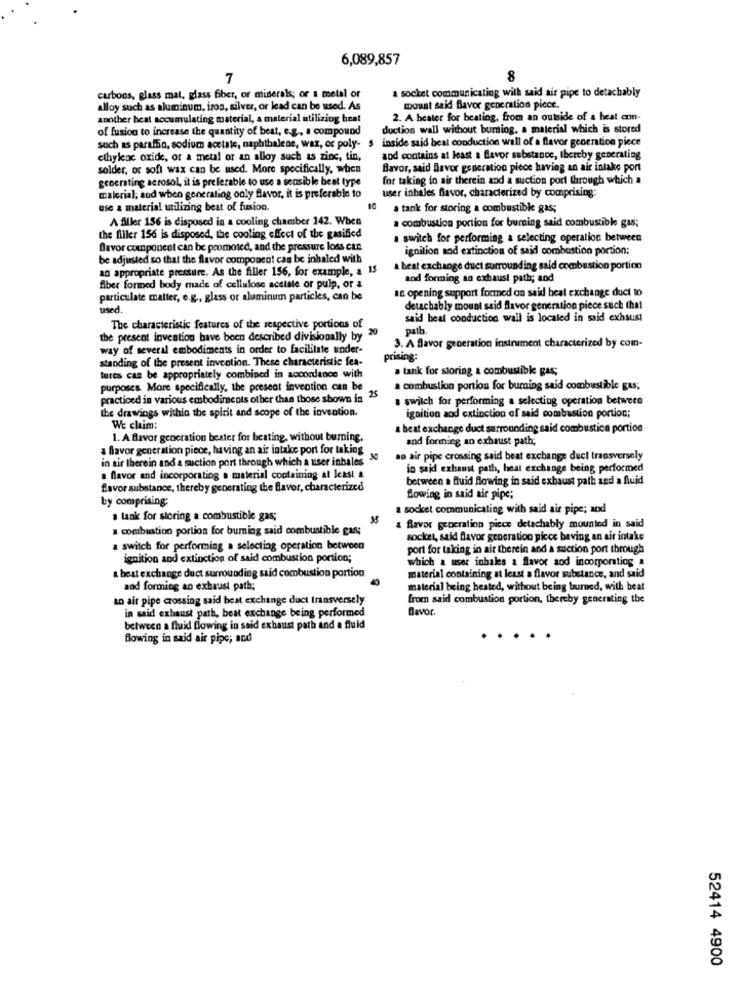
6,089,857
7
8
carbons, glass mat, glass fiber, or minerals; or a metal or
a socket communicating with said air pipe to detachably
alloy such as aluminum, iron, silver, or lead can be used. As
mount said flavor generation piece.
another heat accumulating material, a material utilizing heat
2. A heater for beating, from an outside of a heat con-
of fusion to increase the quantity of beat, e.g ., a compound
duction wall without buraiog, a material which is stored
inside said beal conduction wall of a flavor generation piece
such as paraffin, sodium acetate, naphthalene, wax, or poly- $
ethylene oxide, or a metal or an alloy such as zinc, tin,
and contains at least a flavor substance, thereby generating
solder, or soft wax can be used. More specifically, when
Bavor, said Bavor generation piece having an air intake port
generating aerosol, it is preferable to use a sensible beat type
for taking in air therein and a suction port through which a
user inhales favor, characterized by comprising:
malerial; aod when generating only favor, it is preferable to
use a material utilizing beat of fusion.
10
a tank for storing a combustible gas;
A filler 156 is disposed in a cooling chamber 142. When
a combustion portion for burning said combustible gas;
the filler 156 is disposed, the cooling effect of the gasified
a switch for performing a selecting operation between
flavor component can be promoted, and the pressure loss cun
ignition and extinction of said combustion portion:
be adjusted so that the flavor component can be inhaled with
an appropriate pressure. As the filler 156, for example, a 15
a beat exchange duct surrounding said combustion portion
and forming an exhaust path; and
fiber formed body made of cellulose acetate or pulp, or a
an opening support formed on said beat exchange duct to
particulate matter, e.g ., glass or aluminum particles, can be
used.
detachably mount said flavor generation piece such that
said beal conduction wall is located in said exhaust
The characteristic features of the respective portions of
20
path.
the present invention bave been described divisionally by
way of several embodiments in order to facilitate under-
3. A flavor generation instrument characterized by com-
standing of the present invention. These characteristic fea-
prising:
a tank for storing a combustible gas;
tures can be appropriately combined in accordance with
purposes. More specifically, the present invention can be
a combustion portion for buming said combustible gas;
practiced in various embodiments other than those shown in 25
a switch for performing a selecting operation between
the drawings within the spirit and scope of the invention.
ignition aod extinction of said combustion portion;
We claim:
a beat exchange duct surrounding said combustion portion
1. A flavor generation beater for beating, without burning.
and forming an exhaust path;
a flavor generation piece, having an air intake port for taking
in air therein and a suction port through which a user inbales"
ao air pipe crossing said beat exchange duct transversely
in said exhaust path, heat exchange being performed
a flavor and incorporating a material containing at least a
between a fluid flowing in said exhaust path and a fluid
flavor substance, thereby generating the flavor, characterized
by comprising:
Blowing in said air pipe;
a socket communicating with said air pipe; and
a lank for storing a combustible gas;
35
a combustion portion for burning said combustible gas;
a favor generation piece detachably mounted in said
socket, said flavor generation picce beving an air intake
a switch for performing a selecting operation between
port for taking in ait therein and a suction port through
ignition and extinction of said combustion portion;
which a user inhales a flavor aod incorporatiog
& heat exchange duct surrounding said combustion portion
material containing at least a flavor substance, and said
and forming an exhaust path;
material being bested, without being burned, with beat
an air pipe crossing said heat exchange duct transversely
from said combustion portion, thereby generating the
in said exhaust path, beat exchange being performed
Bavor.
between a fluid flowing in said exhaust path and a fluid
Bowing in said air pipe; and
...
52414 4900